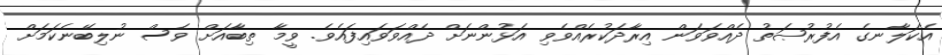
އެކަލާނގެ އެފުރުޞަތު ދެއްވަވަން އިރާދަކުރެއްވެވި އަޅުންނަށް ދެއްވަވައިފައެވެ. ވީމާ ތިބާއަށް ވެސް ނުލިބޭނެކަމަށް